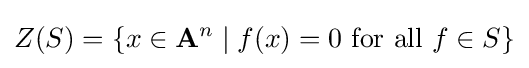
Z(S)=\left\{x\in \mathbf {A} ^{n}\mid f(x)=0{\text{ for all }}f\in S\right\}